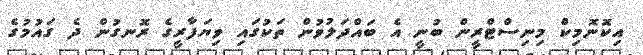
އިކޮނޮމިކް މިނިސްޓްރީން ބުނީ އެ ބައްދަލުވުން ތަކުގައި ވިޔަފާރީގެ ރޮނގުން ދެ ގައުމުގެ